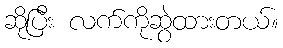
ဆိုပြီး လက်ကိုဆွဲထားတယ်။